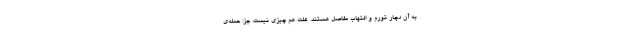
به آن دچار تورم و التهاب مفاصل هستند. علت هم چیزی نیست، جز: حمله‌ی